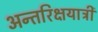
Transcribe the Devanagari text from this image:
अन्तरिक्षयात्री